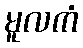
မူလကံ